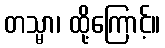
တသ္မာ၊ ထို့ကြောင့်။